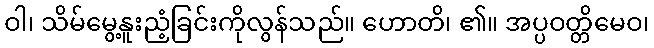
ဝါ၊ သိမ်မွေ့နူးညံ့ခြင်းကိုလွန်သည်။ ဟောတိ၊ ၏။ အပ္ပဝတ္တိမေဝ၊